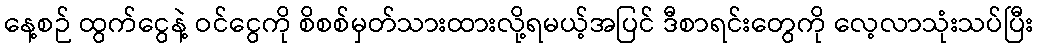
နေ့စဉ် ထွက်ငွေနဲ့ ဝင်ငွေကို စိစစ်မှတ်သားထားလို့ရမယ့်အပြင် ဒီစာရင်းတွေကို လေ့လာသုံးသပ်ပြီး